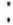
: